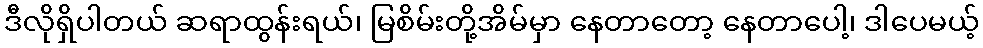
ဒီလိုရှိပါတယ် ဆရာထွန်းရယ်၊ မြစိမ်းတို့အိမ်မှာ နေတာတော့ နေတာပေါ့၊ ဒါပေမယ့်